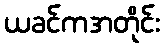
ယခင်ကအတိုင်း